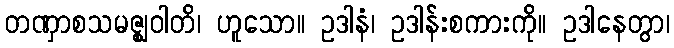
တဏှာစသမဇ္ဈဝါတိ၊ ဟူသော။ ဥဒါနံ၊ ဥဒါန်းစကားကို။ ဥဒါနေတွာ၊